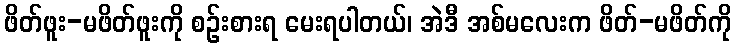
ဖိတ်ဖူး-မဖိတ်ဖူးကို စဉ်းစားရ မေးရပါတယ်၊ အဲဒီ အစ်မလေးက ဖိတ်-မဖိတ်ကို